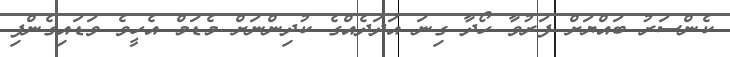
ކެންސަރު ބައްޔަށް ފަރުވާ ހޯދާ ގިނަ އަދަދެއްގެ ކުދިންނަށް މެޑަމް އެހީވެ ވަޑައިގެންފި